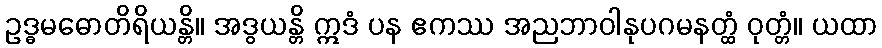
ဥဒ္ဓမဓောတိရိယန္တိ။ အဒွယန္တိ ဣဒံ ပန ဧကဿ အညဘာဝါနုပဂမနတ္ထံ ဝုတ္တံ။ ယထာ